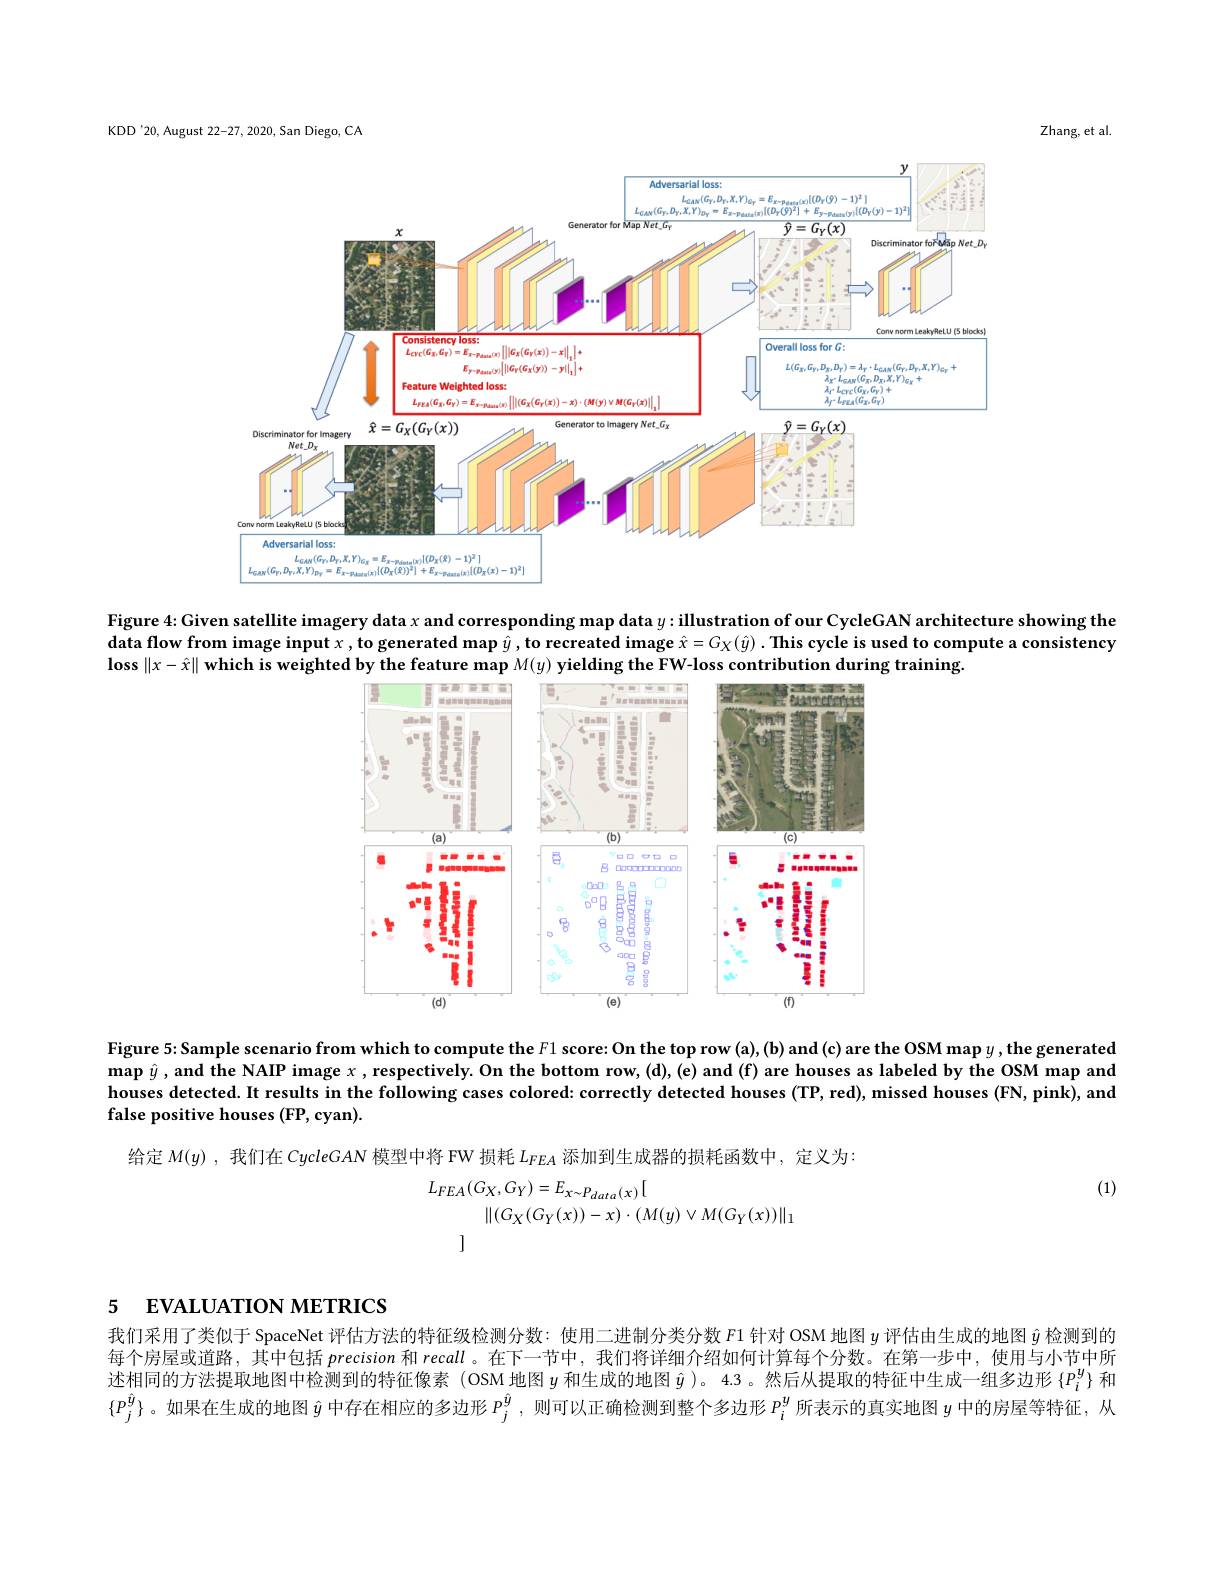
KDD'20, August 22-27, 2020, San Diego, CA

Zhang, et al

<FigureHere>

Figure 4: Given satellite imagery data $x$ and corresponding map data $y:$illustration of our CycleGAN architecture showing the $dataflowfromimageinputx,togeneratedmap\hat{y},torecreatedimage\hat{x}=G_X(\hat{y}).$This cycle is used to compute a consistency $\textbf{loss }\| x- \hat{x} \|$ which is weighted by the feature map $M( y) \textbf{ yielding the FW- loss contribution during training}.$

<FigureHere>

Figure 5: Sample scenario from which to compute the $F1$ score: On the top row (a),(b) and (c) are the OSM map y , the generated map $\hat{y}$, and the NAIP image $x$, respectively. On the bottom row, (d), (e) and (f) are houses as labeled by the OSM map and houses detected. It results in the following cases colored: correctly detected houses (TP, red), missed houses (FN, pink), and false positive houses (FP, cyan).

给定$M(y)$ ,我们在CycleGAN模型中将 FW 损耗$L_{FEA}$添加到生成器的损耗函数中，定义为：
$$\begin{aligned}L_{FEA}(G_{X},G_{Y})&=E_{x\sim P_{data}(x)}[\\&\|(G_{X}(G_{Y}(x))-x)\cdot(M(y)\vee M(G_{Y}(x))\|_{1}\\&\text{]}\end{aligned}$$
(1)

# 5 EVALUATION METRICS

我们采用了类似于 SpaceNet 评估方法的特征级检测分数：使用二进制分类分数 F1 针对 OSM 地图$y$评估由生成的地图$\hat{y}$检测到的每个房屋或道路，其中包括precision和 recall 。在下一节中，我们将详细介绍如何计算每个分数。在第一步中，使用与小节中所述相同的方法提取地图中检测到的特征像素 (OSM 地图$y$和生成的地图$\hat{y}$ )。4.3 。然后从提取的特征中生成一组多边形$\{P_i^y\}$和$\{P_j^{\hat{y}}\}$。如果在生成的地图$\hat{y}$中存在相应的多边形$P_j^\hat{y}$ ,则可以正确检测到整个多边形$P_i^y$所表示的真实地图$y$中的房屋等特征，从